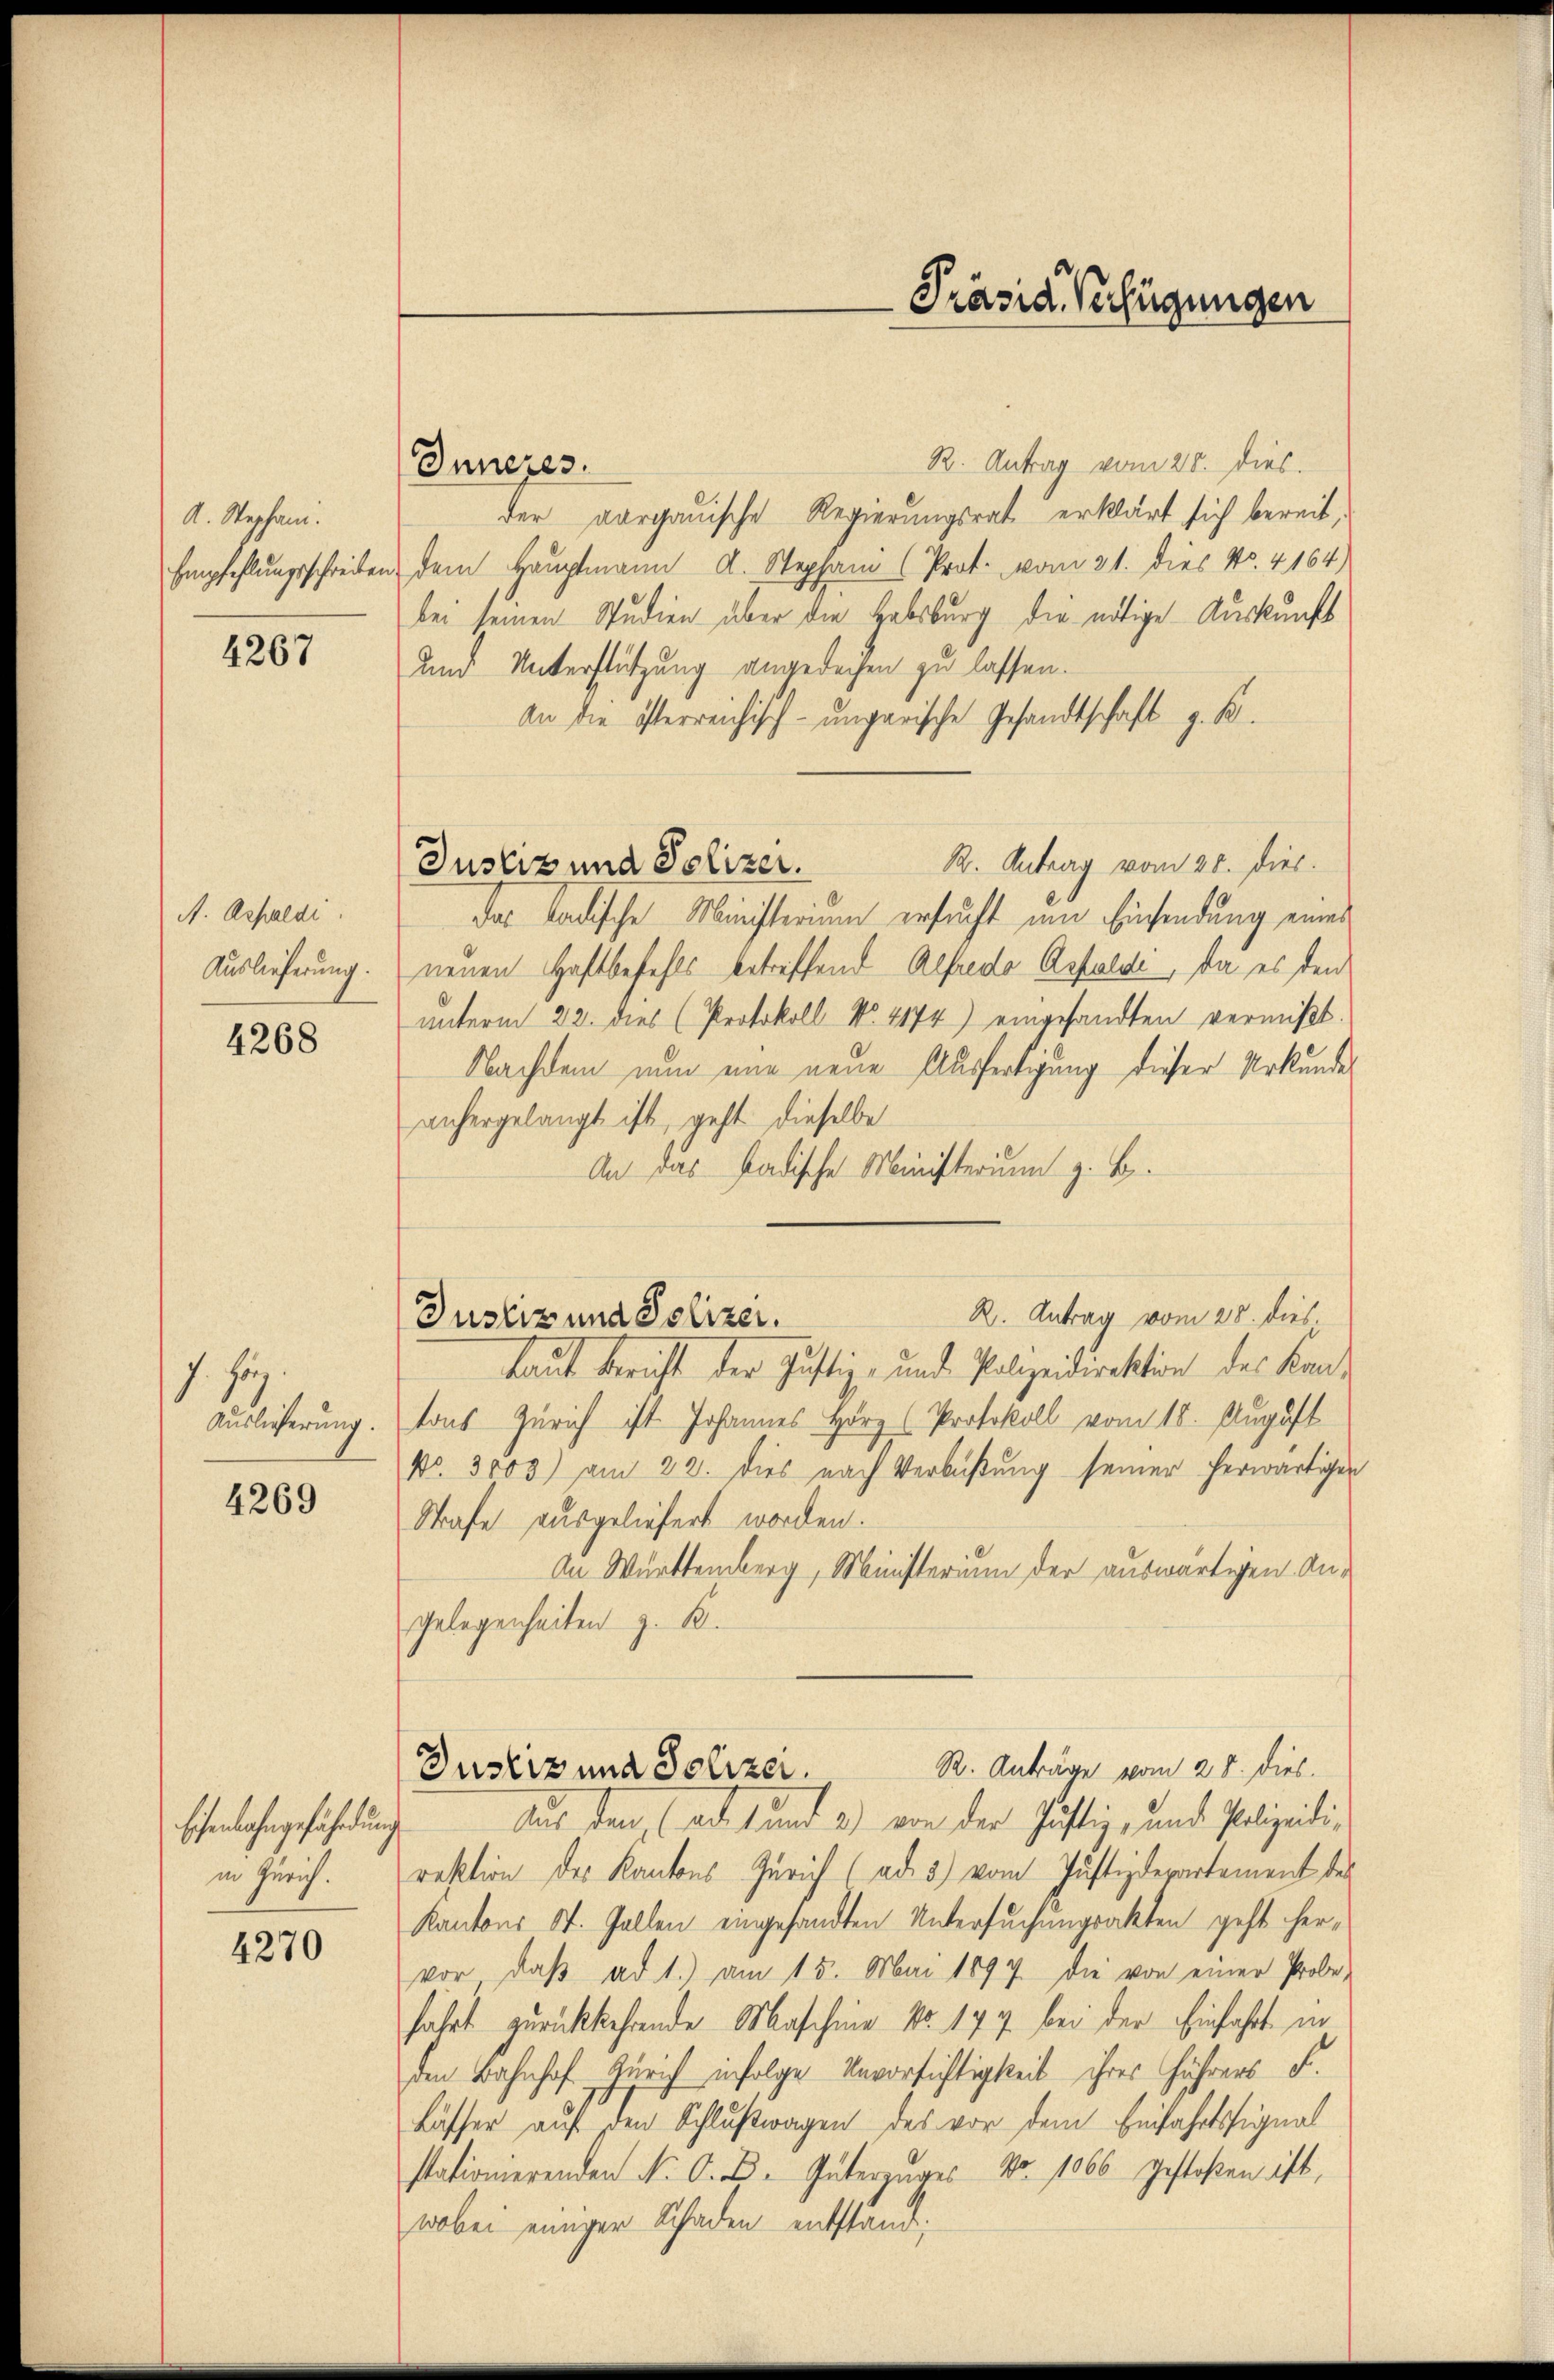
A. Stephani.
Empfehlungsschreiben

4267

A. Assaldi
Auslieferung.

4268

7. sey
Auslieferung.

4269

Eisenbahngefährdung
in Zürich.

4270

R. Antrag vom 28. dies.
Inneres.
der aargauische Regierungsrat erklärt sich bereit,
dem Hauptmann d. Stephan (Prot. vom 21. dies No. 4164)
bei seinen Studien über die Habsburg die nötige Auskunft
und Unterstützung angedeihen zu lassen.
An die österreichisch-ungarische Gesandtschaft z. K.
R. Antrag vom 28. dies.
Justiz und Polizer.
das Ladische Ministerium ersucht um Einsendung eines
neuen Haftbefehls betreffend Alfredo Resolde, da es den
unterm 22. dies (Protokoll No. 4174) eingesandten vermißt.
Nachdem nun nur neue Ausfertigung dieser Urkundes
anhergelangt ist, geht dieselbe
An das Badische Ministerium z. B.
R. Antrag vom 28. dies
kaut bericht der Justiz- und Polizeidirektion des Land
tons Zürich ist. Johannes Hörz (Protokoll vom 18. August
No. 3000) am 22. dies nach Verbüßung seiner herwärtigen
Strafe ausgeliefert worden.
An Württemberg, Ministerium der auswärtigen Angelegenheiten z. K.
Justiz und Polizer. R. Anträge vom 28. dies
Aus den, (adet und a.) von der Häftig, und Polizeidi-
reption des Kantons Zürich (ad 3) vom Justizdepartement des
Kantons St. Gallen eingesandten Untersuchungsakten geht hervor, daβ ad 1.) am 15. Mai 1897 die von einer Probe-
fährt zurückkehrende Maschine No. 177 bei der Einfaßt in
den Bahnhof Zürich infolge Unvorsichtigkeit ihres Führers F.
Bässer auf den Schlußwagen des vor dem Beifahrtsignal
stationierenden N. O. D. Güterzuges No 1066 gestoßen ist,
wobei einiger Schaden entstand;

Justiz und Polizei.

Präsid. Verfügungen